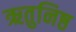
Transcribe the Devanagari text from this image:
ऋतुनिष्ठ